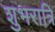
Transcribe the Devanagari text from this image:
शुभरात्रि